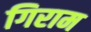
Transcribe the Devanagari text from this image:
गिराम